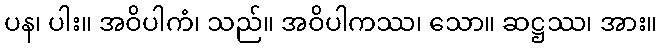
ပန၊ ပါး။ အဝိပါကံ၊ သည်။ အဝိပါကဿ၊ သော။ ဆဋ္ဌဿ၊ အား။